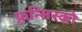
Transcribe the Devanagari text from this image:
फ़्रन्सिस्को